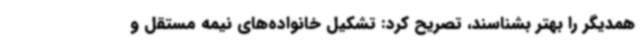
همدیگر را بهتر بشناسند، تصریح کرد: تشکیل خانواده‌های نیمه مستقل و